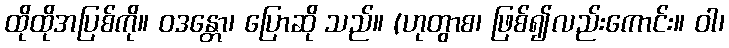
ထိုထိုအပြစ်ကို။ ဝဒန္တော၊ ပြောဆို သည်။ (ဟုတွာစ၊ ဖြစ်၍လည်းကောင်း။ ဝါ၊